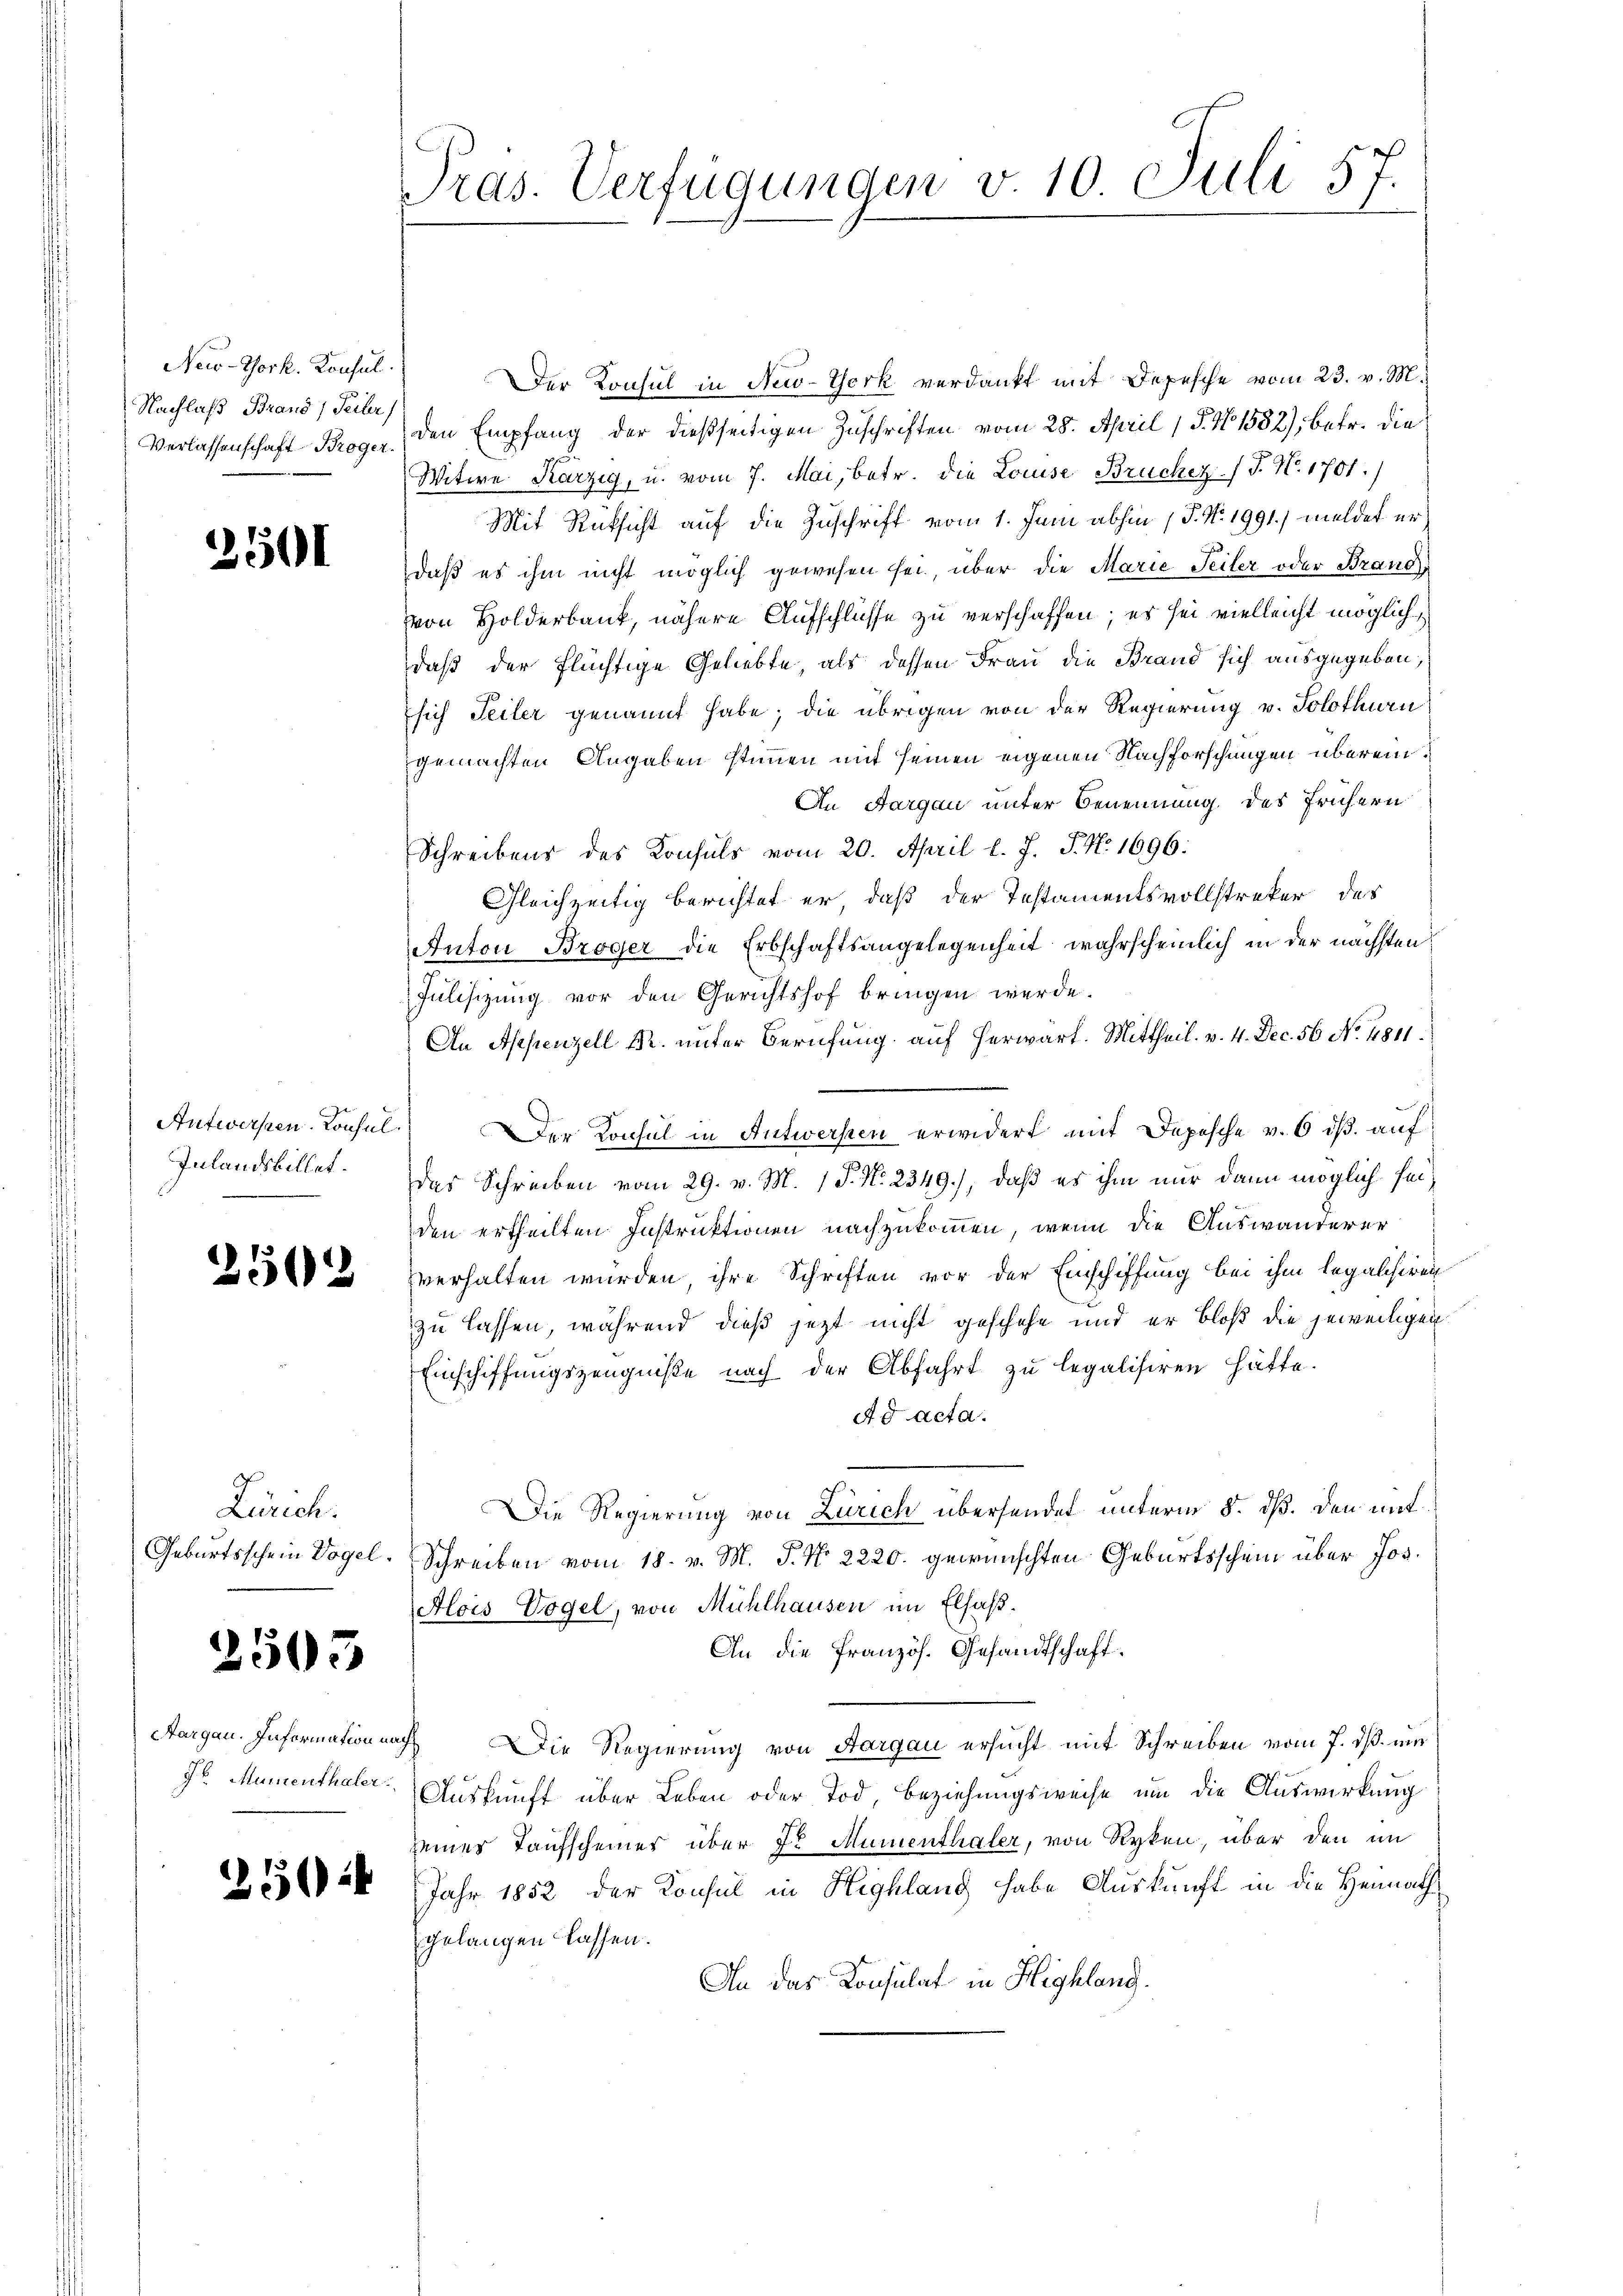
New-York. Konsul
Nachlaß Brand, Teiler

2501

Inlandsbillet.

2563

Zürich.

2505

Der Konsul in New-York verdankt mit Depesche vom 23. v. M.
Verlassenschaft Br den Empfang der dießseitigen Zuschriften vom 28. April 15. No 1532), betr. die
Witwe Karzig, u. vom 7. Mai, betr. die Louise Brüchez / P. Nr. 1701.)
Mit Rüksicht auf die Zuschrift vom 1. Juni abhin 1 S. Nr. 1991) meldet er
daß es ihm nicht möglich gewesen sei, über die Marie Teiler oder Brand
von Holderbank, nähere Aufschlüsse zu verschaffen; es sei vielleicht möglich,
daß der flüchtige Geliebte, als dessen Frau die Brand sich ausgegeben,
sich Teiler genannt habe; die übrigen von der Regierung v. Solothurn
gemachten Angaben stimmen mit seinen eigenen Nachforschungen überein¬
An Aargau unter Benennung des frühern
Schreibens des Konsuls vom 20. April l. J. J. N. 1696:
Gleichzeitig berichtet er, daß der Instamentsvollstreker des
Anton Broger die Erbschaftsangelegenheit wahrscheinlich in der nächsten
Julisizung vor den Gerichtshof bringen werde.
An Appenzell Fr. unter Berufung auf herwart. Mittheil. v. 4. Dec. 56. No. 1811.
Antworfen. Konsel. Der Konsul in Antworseen erwidert mit Depesche v. 6 iß. auf
des Schreiben vom 29. v. M. 1 P. Nr. 2349), daß es ihm nur dann möglich seiden ertheilten Instruktionen nachzukommen, wenn die Auswanderer
verhalten wurden, ihre Schriften vor der Einschiffung bei ihm legalisiren
zu lassen, während dieß jetzt nicht geschehe und er bloß die jeweiligen
Einschiffungszeugniße nach der Abfahrt zu legalisiren hätte.
Ad acta.
Die Regierung von Zürich übersendet unterm 5. dß. den mit¬
Geburtsschein Vogel. Schreiben vom 18. v. M. J. N. 2220. gewünschten Geburtsschein über Jos.
Alois Vogel, von Mühlhausen im Elsaß.
An die französ. Gesandtschaft.
Aargau. Information nach Die Regierung von Aargau ersucht mit Schreiben vom 7. ds. um
gr. Mumenthaler Auskunft über Leben oder Tod, Beziehungsweise um die Auswirkung
seiner Taufscheiner über dr Mumenthaler, von Ryken, über den im
23 24 Jahr 1852 der Konsul in Highlang habe Auskunft in die Heirath
gelangen lassen.
An das Konsulat in Highlang.

Pras. Verfügungen v. 10. Juli 57.